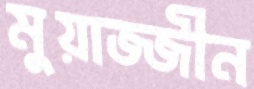
মুয়াজ্জীন